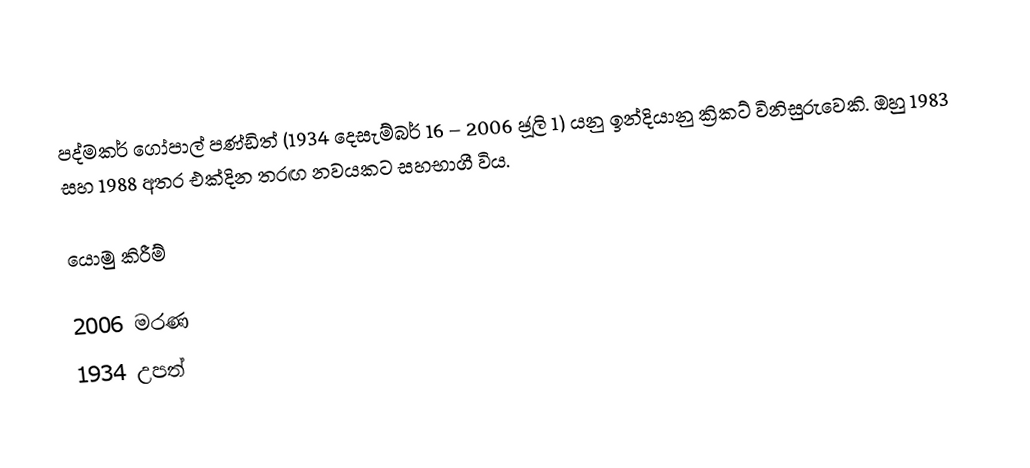
පද්මකර් ගෝපාල් පණ්ඩිත් (1934 දෙසැම්බර් 16 – 2006 ජූලි 1) යනු ඉන්දියානු ක්‍රිකට් විනිසුරුවෙකි. ඔහු 1983 සහ 1988 අතර එක්දින තරඟ නවයකට සහභාගී විය.

යොමු කිරීම්

2006 මරණ
1934 උපත්